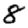
Digit: 8